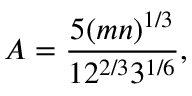
A = { \frac { 5 ( m n ) ^ { 1 / 3 } } { 1 2 ^ { 2 / 3 } 3 ^ { 1 / 6 } } } , \quad